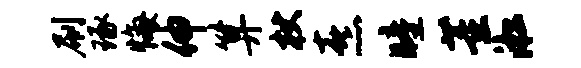
刷琢悔伸算杖熹瞳董淞